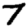
Digit: 7